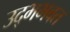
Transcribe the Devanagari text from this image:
उद्भभवत